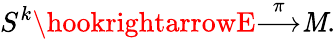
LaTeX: S^{k}\hookrightarrowE{\stackrel{\pi}{\longrightarrow}}\mathit{M}.